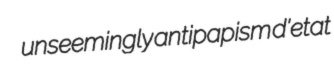
unseemingly antipapism d'etat